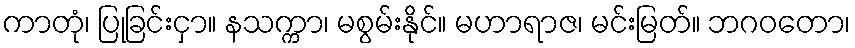
ကာတုံ၊ ပြုခြင်းငှာ။ နသက္ကာ၊ မစွမ်းနိုင်။ မဟာရာဇ၊ မင်းမြတ်။ ဘဂဝတော၊